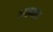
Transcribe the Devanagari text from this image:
मरूधरा